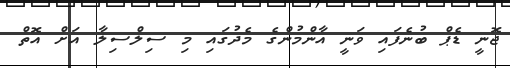
ޖޮނީ ޑެޕް ބުނެފައި ވަނީ އާންމުންގެ މެދުގައި މި ސިލްސިލާ އަށް އޮތް